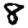
Digit: 8